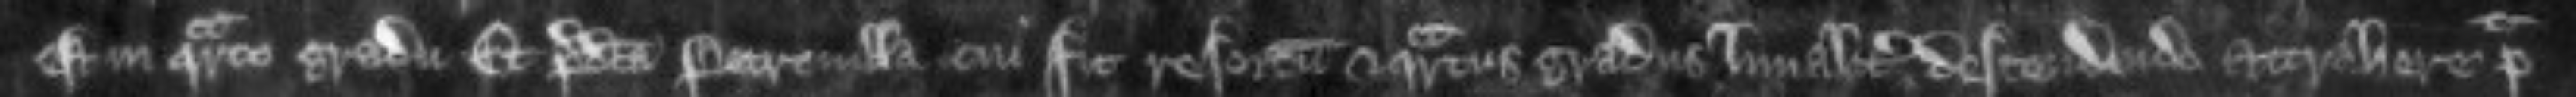
est in quarto gradu predicta Petronilla cui fit resortum et quartus gradus linealiter descendendo attrahere potest